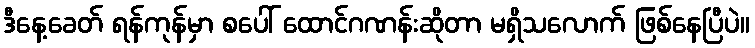
ဒီနေ့ခေတ် ရန်ကုန်မှာ စပေါ် ထောင်ဂဏန်းဆိုတာ မရှိသလောက် ဖြစ်နေပြီပဲ။